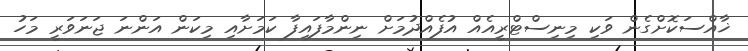
ޚާއްސަކޮށްގެން ވަކި މިނިސްޓްރީއެއް އުފެއްދުމަށް ނިންމާފައިފާ ކަމަށާއި މިކަން އަންނަ ޖަނަވަރީ މަހު